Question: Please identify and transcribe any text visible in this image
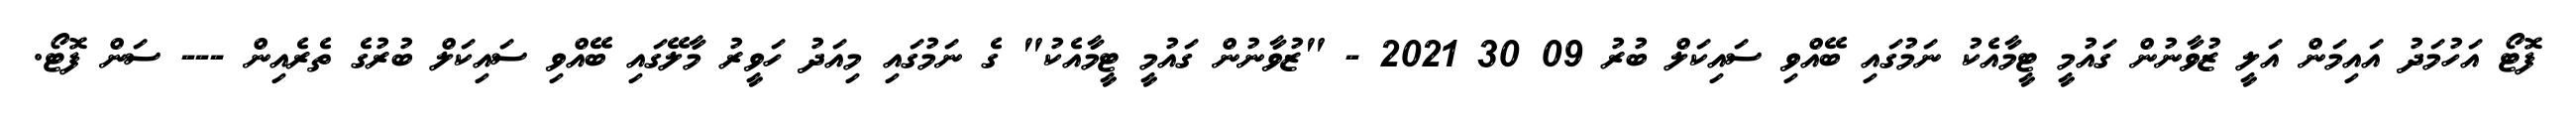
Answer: ފޮޓޯ އަހުމަދު އައިމަން އަލީ ޒުވާނުން ގައުމީ ޓީމާއެކު ނަމުގައި ބޭއްވި ސައިކަލް ބުރު 09 30 2021 - "ޒުވާނުން ގައުމީ ޓީމާއެކު" ގެ ނަމުގައި މިއަދު ހަވީރު މާލޭގައި ބޭއްވި ސައިކަލް ބުރުގެ ތެރެއިން --- ސަން ފޮޓޯ.